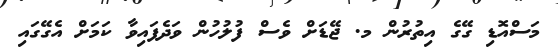
މަސްއޮޑި ގޭގެ އިތުރުން މ. ޖޭޑަށް ވެސް ފުލުހުން ވަދެފައިވާ ކަމަށް އެގޭގައި